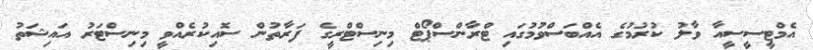
އެމްޓީސީސީއާ ވާލު ކުރުމުގެ އެއްބަސްވުމުގައި ޓްރާންސްޕޯޓް މިނިސްޓްރީގެ ފަރާތުން ސޮއިކުރެއްވީ މިނިސްޓަރު އައިޝަތު